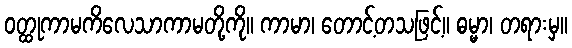
ဝတ္ထုကာမကိလေသာကာမတို့ကို။ ကာမာ၊ တောင့်တသဖြင့်။ ဓမ္မာ၊ တရားမှ။